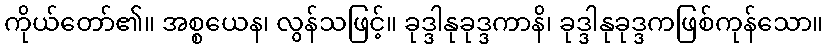
ကိုယ်တော်၏။ အစ္စယေန၊ လွန်သဖြင့်။ ခုဒ္ဒါနုခုဒ္ဒကာနိ၊ ခုဒ္ဒါနုခုဒ္ဒကဖြစ်ကုန်သော။